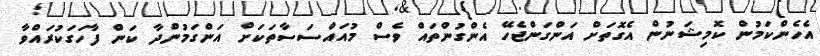
އެހެންކަމުން ކޮމިޝަނުން އެގޮތަށް އަންގަންޖެހޭ އެންގުންތައް ވެސް މުއައްސަސާތަކަށް އަންގަމުންދާ ކަން ފާހަގަކުރައްވާ